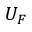
U _ { F }